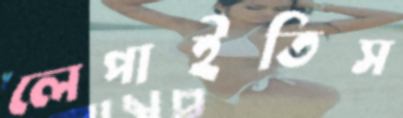
লেপাইতিস